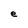
Character: e